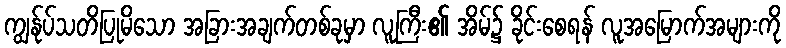
ကျွန်ုပ်သတိပြုမိသော အခြားအချက်တစ်ခုမှာ လူကြီး၏ အိမ်၌ ခိုင်းစေရန် လူအမြောက်အများကို